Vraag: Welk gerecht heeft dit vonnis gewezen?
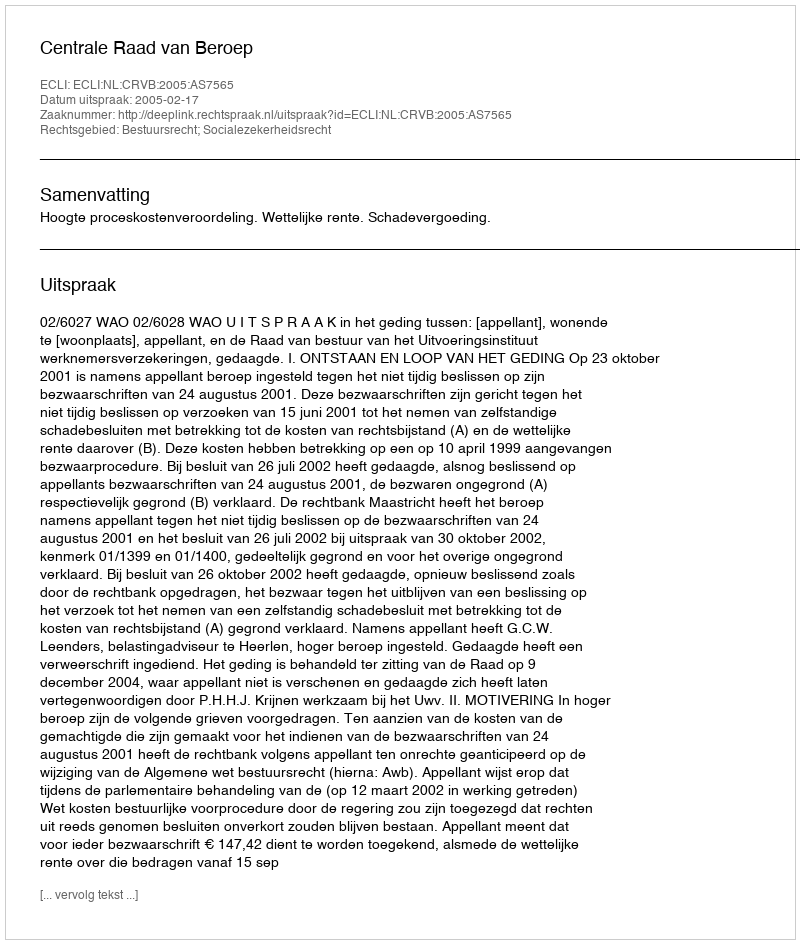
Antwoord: Centrale Raad van Beroep